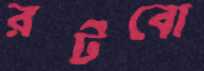
রটবো